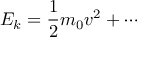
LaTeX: E _ { k } = { \frac { 1 } { 2 } } m _ { 0 } v ^ { 2 } + \cdots